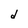
Character: d